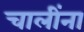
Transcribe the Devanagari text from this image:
चालींना